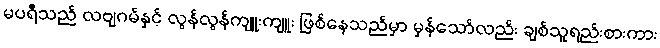
မပရီသည် လဗျဂမ်နှင့် လွန်လွန်ကျူးကျူး ဖြစ်နေသည်မှာ မှန်သော်လည်း ချစ်သူရည်းစားကား